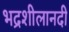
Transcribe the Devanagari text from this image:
भद्रशीलानदी